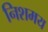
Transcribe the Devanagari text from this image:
निशमय